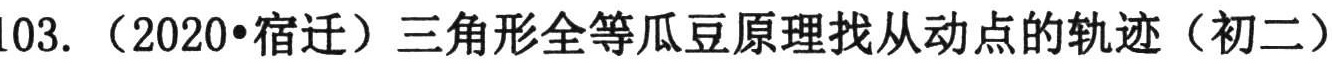
$103.\ (2020\cdot\text{宿迁})$三角形全等瓜豆原理找从动点的轨迹（初二）